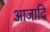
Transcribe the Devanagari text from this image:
आजादि